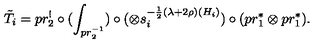
\tilde { T } _ { i } = p r _ { 2 } ^ { ! } \circ ( \int _ { p r _ { 2 } ^ { - 1 } } ) \circ ( \otimes s _ { i } ^ { - \frac { 1 } { 2 } ( \lambda + 2 \rho ) ( H _ { i } ) } ) \circ ( p r _ { 1 } ^ { \ast } \otimes p r _ { 1 } ^ { \ast } ) .